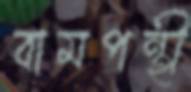
বামপন্থী